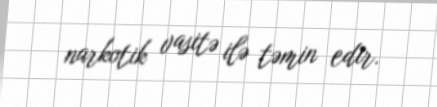
narkotik vasitə ilə təmin edir.